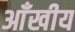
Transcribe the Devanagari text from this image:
आँखीय